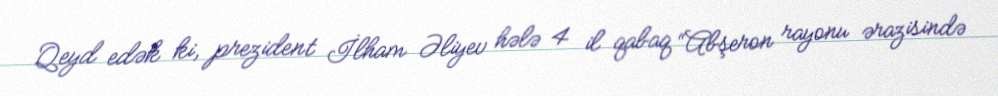
Qeyd edək ki, prezident İlham Əliyev hələ 4 il qabaq “Abşeron rayonu ərazisində